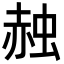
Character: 赨